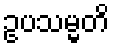
ဥပသမ္မတိ